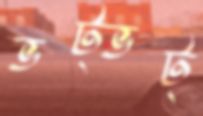
ভট্‌ভট্‌